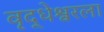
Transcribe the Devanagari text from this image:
वृद्धेश्वरला